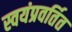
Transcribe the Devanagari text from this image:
स्वयंप्रवर्तित